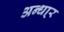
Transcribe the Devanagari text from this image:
अन्धा्र